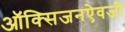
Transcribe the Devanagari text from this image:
ऑक्सिजनऐवजी